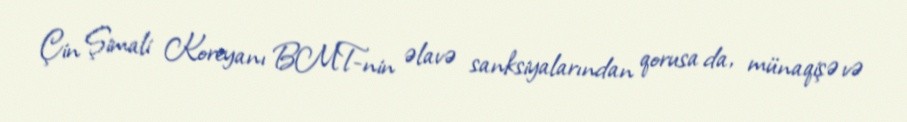
Çin Şimali Koreyanı BMT-nin əlavə sanksiyalarından qorusa da, münaqişə və